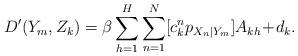
LaTeX: \begin{align*}D'(Y_m,Z_k)=\beta \sum_{h=1}^{H} \sum_{n=1}^{N}[c_k^n p_{X_n|Y_m} ]A_{kh} \!+\! d_k.\end{align*}